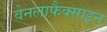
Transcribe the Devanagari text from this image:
वेनलाफैक्साइन